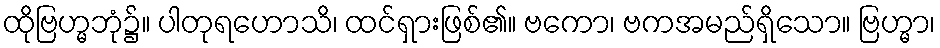
ထိုဗြဟ္မဘုံ၌။ ပါတုရဟောသိ၊ ထင်ရှားဖြစ်၏။ ဗကော၊ ဗကအမည်ရှိသော။ ဗြဟ္မာ၊